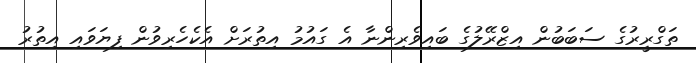
ތަގްރީރުގެ ސަބަބުން އިޒްރޭލުގެ ބައިވެރިންނާ އެ ގައުމު އިތުރަށް އެކެހެރިވުން ފިޔަވައި އިތުރު